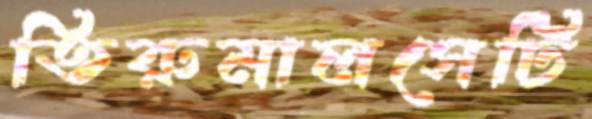
তিরুমালসেটি